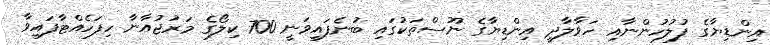
އިންޑިޔާގެ ފުލުހުންނާއި ހަވާލާދީ އިންޑިޔާގެ ނޫސްތަކުގައި ބުނެފައިވަނީ 700 ކިލޯގެ މަރުޖުއާނާ ހިފަހެއްޓާފައިވާ